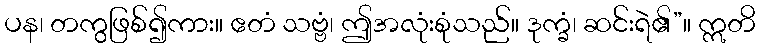
ပန၊ တကွဖြစ်၍ကား။ ဧတံ သဗ္ဗံ၊ ဤအလုံးစုံသည်။ ဒုက္ခံ၊ ဆင်းရဲ၏”။ ဣတိ